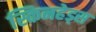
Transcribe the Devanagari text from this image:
स्किनहेड्स